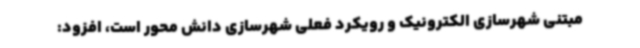
مبتنی شهرسازی الکترونیک و رویکرد فعلی شهرسازی دانش محور است، افزود: